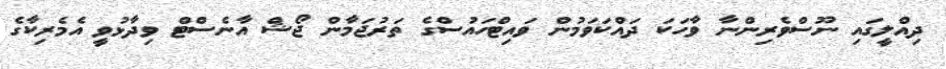
ދިއްލީގައި ނޫސްވެރިންނާ ވާހަކަ ދައްކަވަމުން ވައިޓްހައުސްގެ ތަރުޖަމާން ޖޯޝް އާނެސްޓް ވިދާޅުވީ އެމެރިކާގެ